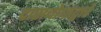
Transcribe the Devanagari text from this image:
दासबोधाद्वारे